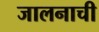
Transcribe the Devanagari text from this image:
जालनाची